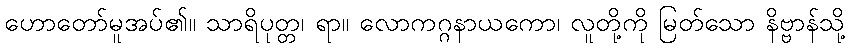
ဟောတော်မူအပ်၏။ သာရိပုတ္တ၊ ရာ။ လောကဂ္ဂနာယကော၊ လူတို့ကို မြတ်သော နိဗ္ဗာန်သို့